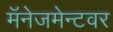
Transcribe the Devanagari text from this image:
मॅनेजमेन्टवर